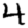
Digit: 4